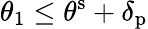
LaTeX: \theta_{1}\leq\theta^{\mathrm{s}}+\delta_{\mathrm{p}}